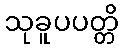
သုခူပပတ္တိ